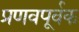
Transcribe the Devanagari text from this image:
प्रणवपूर्वक